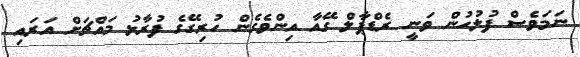
ނަމަވެސް ފުލުހުން ވަނީ ރެޑްޕާލް ގޭއާ އިންވެގެން ހުރިގޭގެ ފުރާޅު މައްޗަށް އަރައި